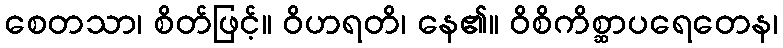
စေတသာ၊ စိတ်ဖြင့်။ ဝိဟရတိ၊ နေ၏။ ဝိစိကိစ္ဆာပရေတေန၊